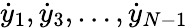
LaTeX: {\dot{y}}_{1},{\dot{y}}_{3},\dots,{\dot{y}}_{N-1}